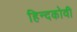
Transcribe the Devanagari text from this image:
हिन्दकोवी